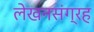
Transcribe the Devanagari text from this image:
लेखनसंग्रह